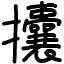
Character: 攮